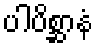
ပါပိစ္ဆာနံ